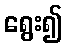
ရွေး၍